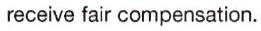
receive fair compensation.